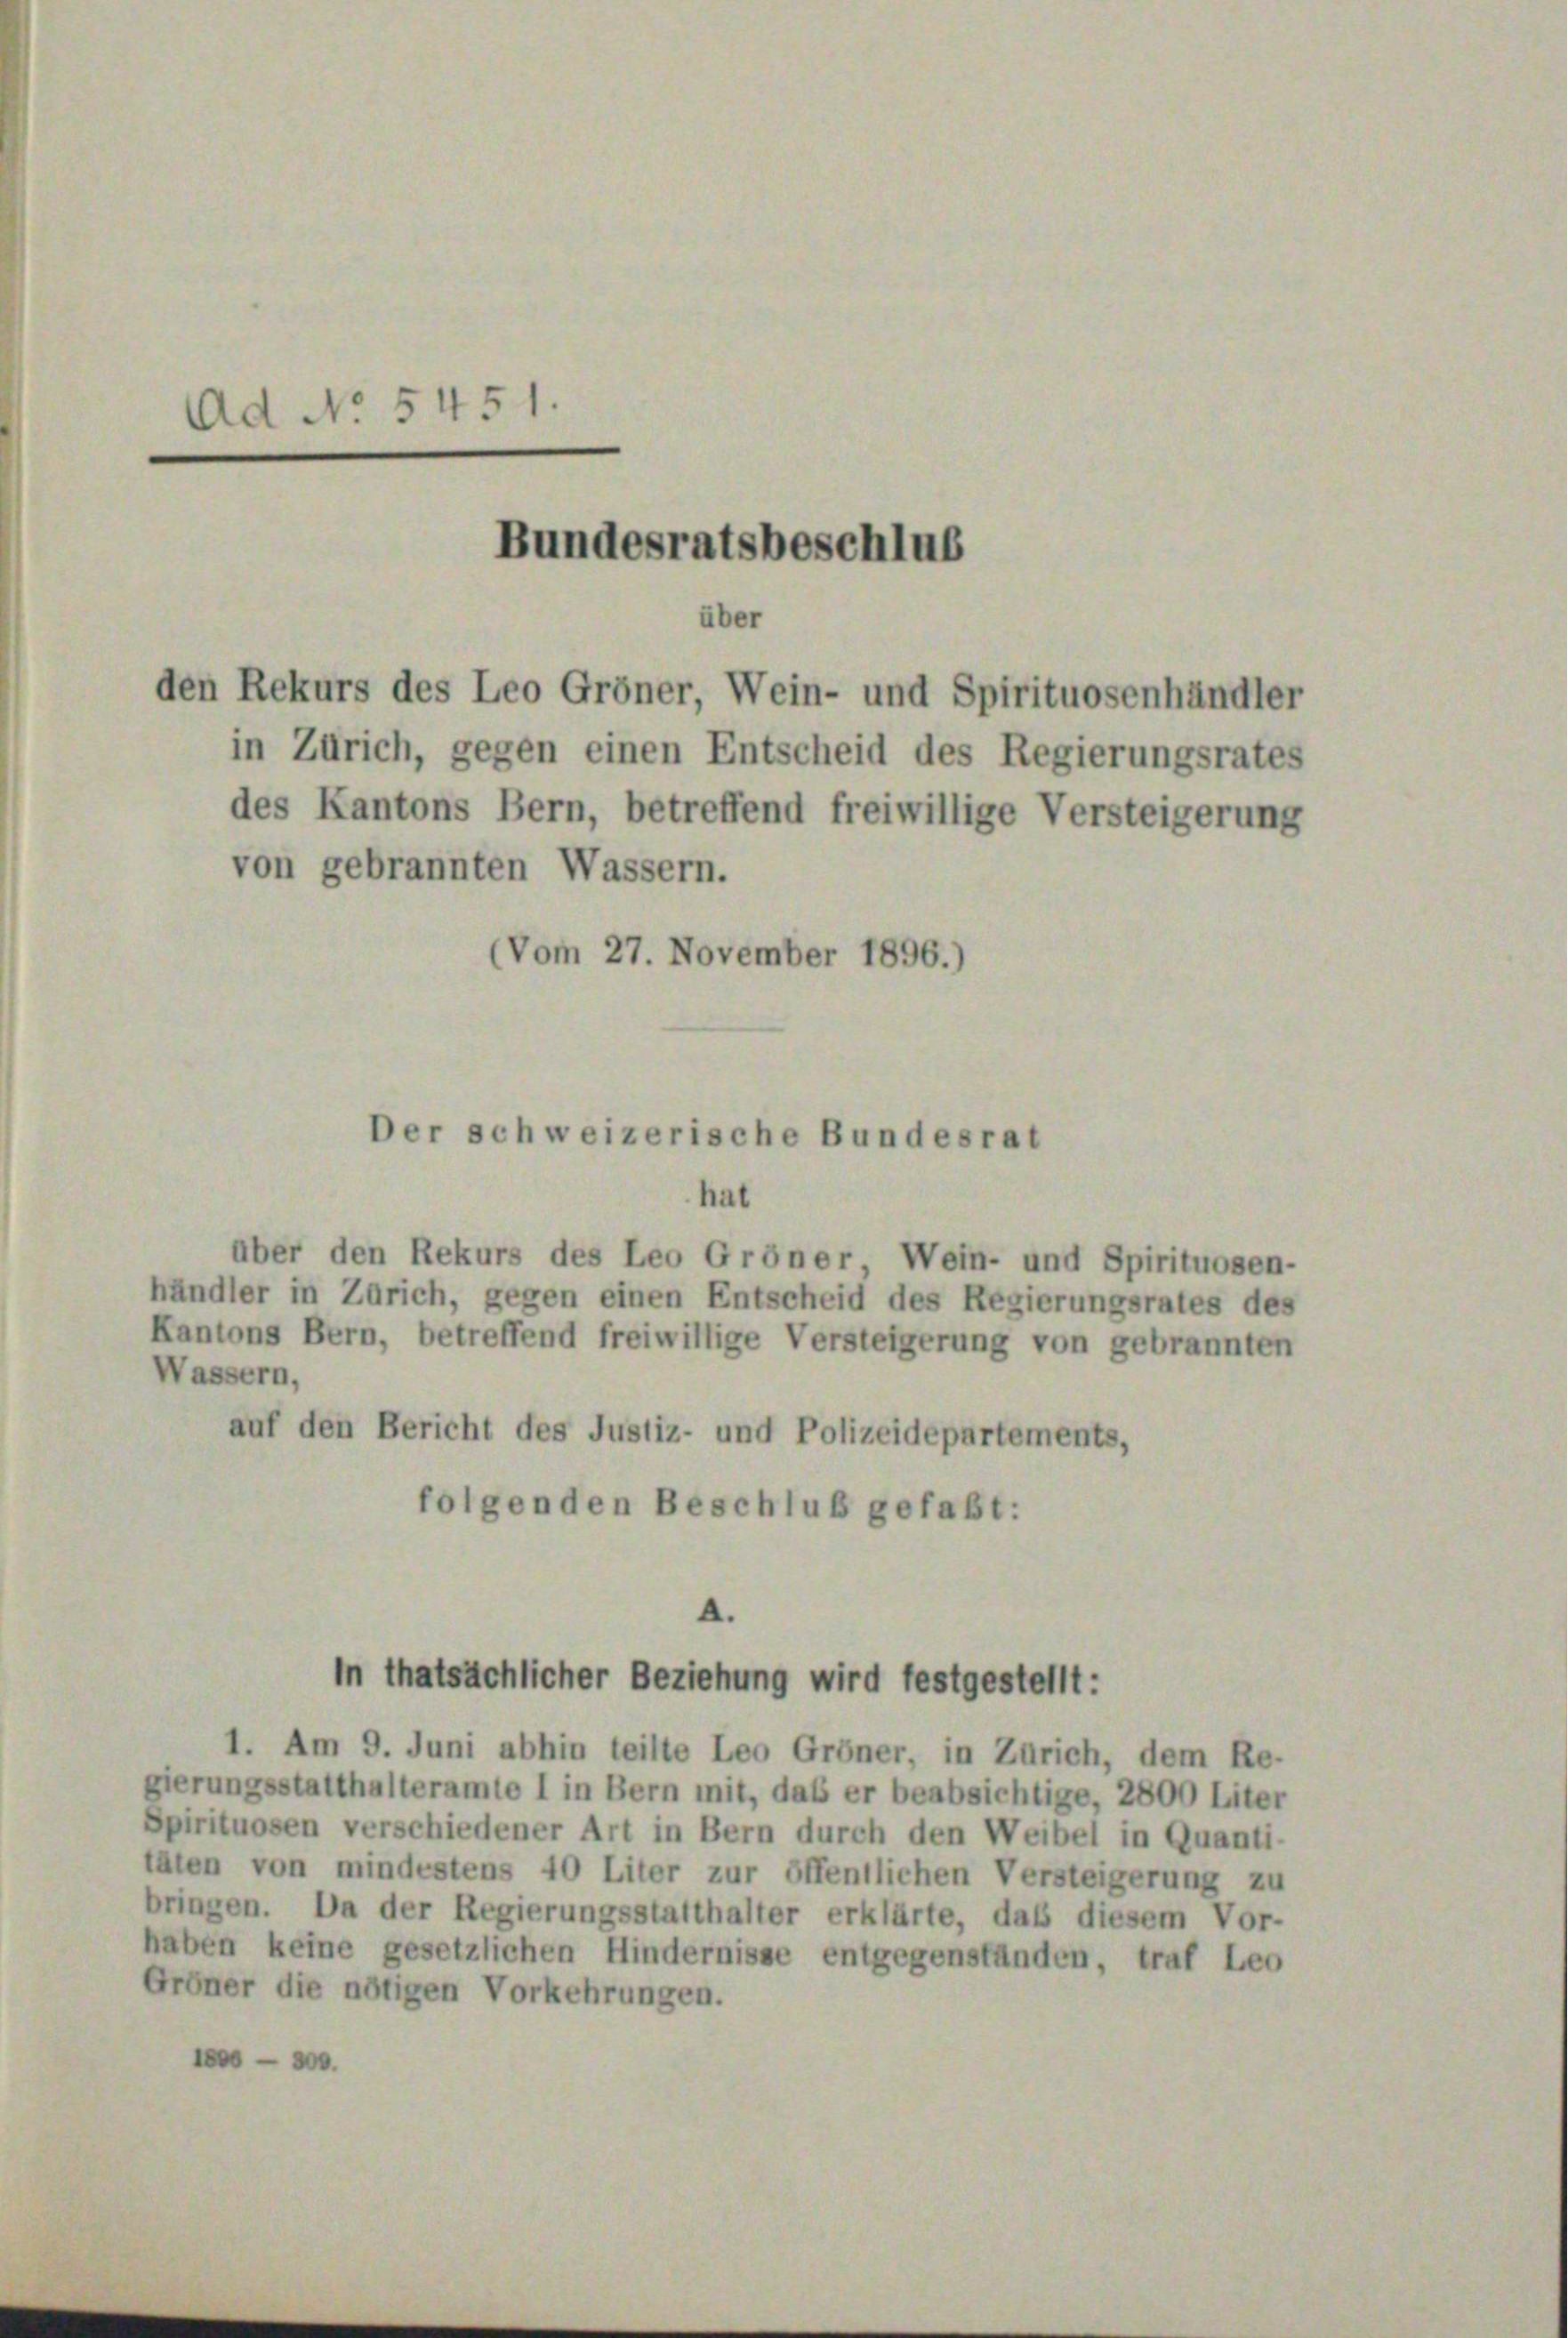
Ad No. 5451.

über
den Rekurs des Leo Gröner, Wein- und Spirituosenhändler
in Zürich, gegen einen Entscheid des Regierungsrates
des Kantons Bern, betreffend freiwillige Versteigerung
von gebrannten Wassern.
(Vom 27. November 1896.)

Bundesratsbeschlus

Der schweizerische Bundesrat

hat
über den Rekurs des Leo Gröner Wein- und Spirituosen-
händler in Zürich, gegen einen Entscheid des Regierungsrates des
Kantons Bern, betreffend freiwillige Versteigerung von gebrannten
Wassern,
auf den Bericht des Justiz- und Polizeidepartements,
folgenden Beschluß gefaßt:
A.
in thatsächlicher Beziehung wird festgestellt:
1. Am 9. Juni abhin teilte Leo Gröner, in Zürich, dem Re-
gierungsstatthalteramte 1 in Bern mit, das er beabsichtige, 2800 Liter
Spirituosen verschiedener Art in Bern durch den Weibel in Quanti-
täten von mindestens 40 Liter zur öffentlichen Versteigerung zu
bringen. Da der Regierungsstatthalter erklärte, daß diesem Vor-
haben keine gesetzlichen Hindernisse entgegenständen, traf Leo
Groner die nötigen Vorkehrungen.
te 300.